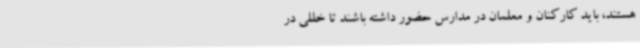
هستند، باید کارکنان و معلمان در مدارس حضور داشته باشند تا خللی در